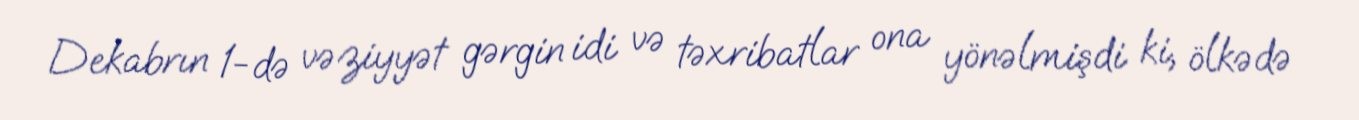
Dekabrın 1-də vəziyyət gərgin idi və təxribatlar ona yönəlmişdi ki, ölkədə